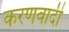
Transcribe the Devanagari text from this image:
करणवादी